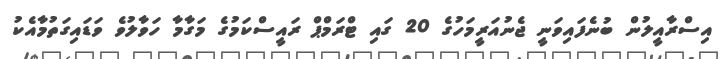
އިސްރާއީލުން ބުނެފައިވަނީ ޖެނުއަރީމަހުގެ 20 ގައި ޓްރަމްޕް ރައީސްކަމުގެ މަގާމާ ހަވާލުވެ ވަޑައިގަތުމާއެކު